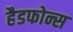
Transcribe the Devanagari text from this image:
हैडफोन्स